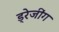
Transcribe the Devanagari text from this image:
ड्रेजींग